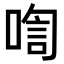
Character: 𪡡